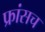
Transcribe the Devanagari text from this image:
फ्रांसच